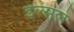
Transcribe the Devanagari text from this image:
इल्सले